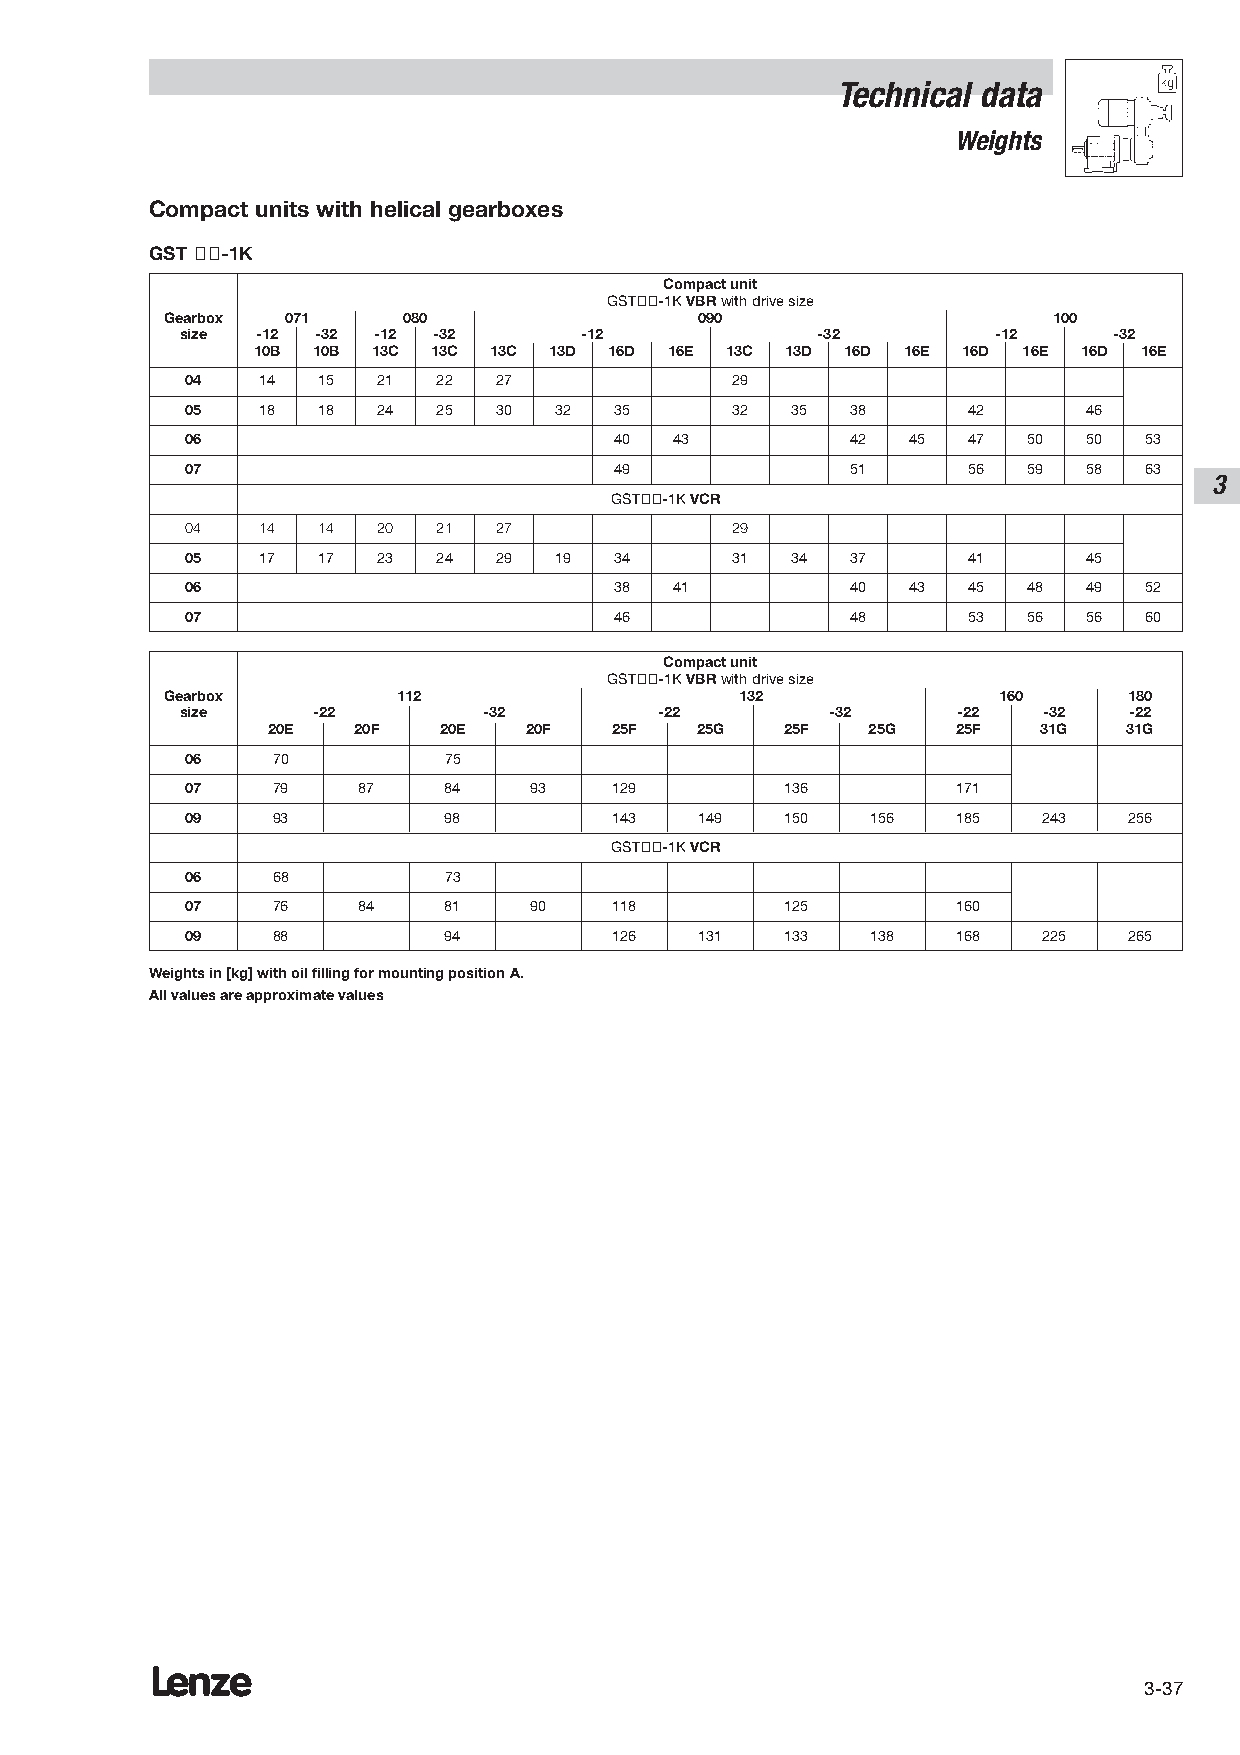
Technical data
 Weights
 Compact units with helical gearboxes
 GST ÇÇ-1K
 Compact unit
 GSTÇÇ-1K VBRwith drive size
 Gearbox 071     080                090                     100
 size -12 -32 -12 -32      -12             -32         -12     -32
 10B 10B 13C 13C 13C 13D 16D 16E 13C 13D 16D 16E 16D 16E 16D 16E
 04   14  15  21  22  27             29
 05   18  18  24  25  30  32  35     32  35  38      42      46
 06                           40  43         42  45  47  50  50  53
 07                           49             51      56  59  58  63
 3
 GSTÇÇ-1K VCR
 04   14  14  20  21  27             29
 05   17  17  23  24  29  19  34     31  34  37      41      45
 06                           38  41         40  43  45  48  49  52
 07                           46             48      53  56  56  60
 Compact unit
 GSTÇÇ-1K VBRwith drive size
 Gearbox        112                    132              160      180
 size     -22        -32         -22        -32     -22   -32   -22
 20E  20F   20E   20F   25F  25G   25F  25G   25F   31G   31G
 06    70         75
 07    79    87   84    93    129        136        171
 09    93         98          143  149   150   156  185   243   256
 GSTÇÇ-1K VCR
 06    68         73
 07    76    84   81    90    118        125        160
 09    88         94          126  131   133   138  168   225   265
 Weights in [kg] with oil filling for mounting position A.
 All values are approximate values
 Lenze
 3-37